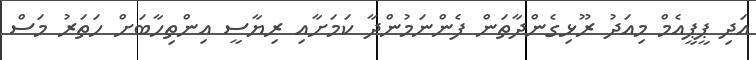
އަދި ޕީޕީއެމް މިއަދު ރޫޅިގެންދާތަން ފެންނަމުންދާ ކަމަށާއި ރިޔާސީ އިންތިހާބަށް ހަތަރު މަސް